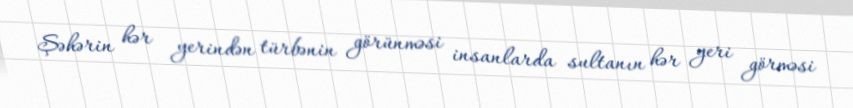
Şəhərin hər yerindən türbənin görünməsi insanlarda sultanın hər yeri görməsi